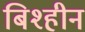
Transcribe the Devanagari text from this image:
बिश्हीन